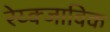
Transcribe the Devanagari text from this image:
रेय्क्जाविक